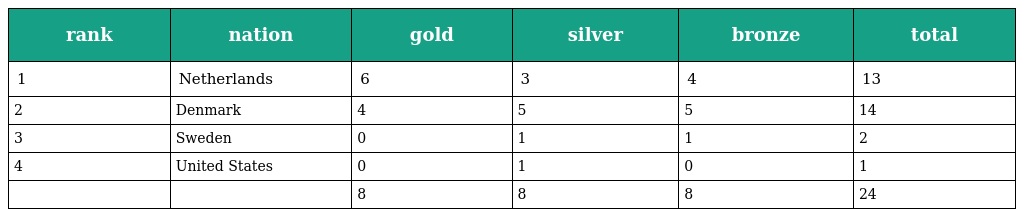
| rank | nation | gold | silver | bronze | total |
 | --- | --- | --- | --- | --- | --- |
 | 1 | Netherlands | 6 | 3 | 4 | 13 |
 | 2 | Denmark | 4 | 5 | 5 | 14 |
 | 3 | Sweden | 0 | 1 | 1 | 2 |
 | 4 | United States | 0 | 1 | 0 | 1 |
 |  |  | 8 | 8 | 8 | 24 |